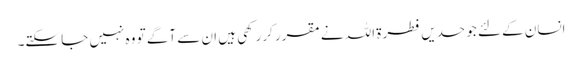
انسان کے لئے جو حدیں فطرۃ اللہ نے مقرر کررکھی ہیں ان سے آگے تو وہ نہیں جا سکتے۔